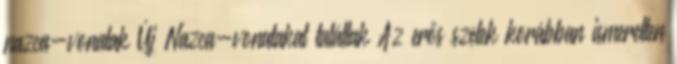
nazca-vonalak Új Nazca-vonalakat találtak Az erős szelek korábban ismeretlen